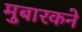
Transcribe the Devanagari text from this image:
मुबारकने